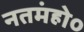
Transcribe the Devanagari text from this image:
नतमंहो०